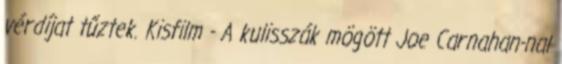
vérdíjat tűztek. Kisfilm - A kulisszák mögött Joe Carnahan-nal